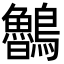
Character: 𪈂